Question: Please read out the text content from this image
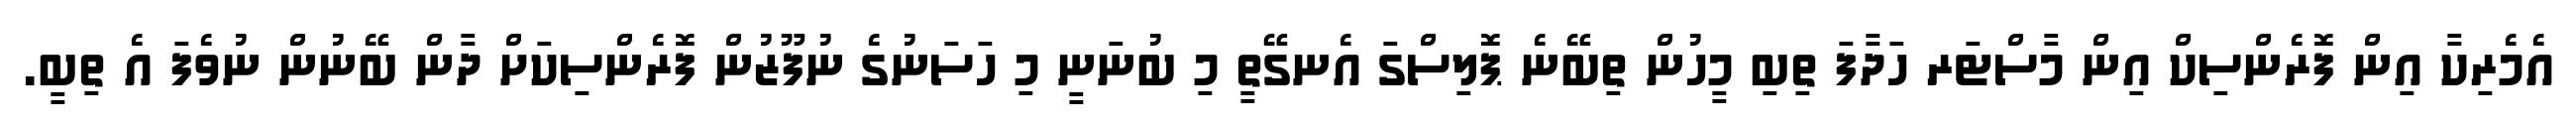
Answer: އެމެރިކާ އިން ފޮރެންސިކް އިން މާސްޓަރ ހަދާފަ ތިބި މީހުން ތިބޭނެ ޕޮލިސްގަ އެނގޭތީ މި ބުނަނީ މި ހަސަނުގެ ނުފޫޒުން ފޮރެންސިކަށް ދާން ބޭނުން ނުވެފަ އެ ތިބީ.